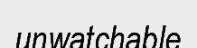
unwatchable